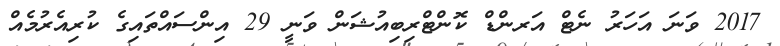
2017 ވަނަ އަހަރު ނެޓް އަރންޑް ކޮންޓްރިބިއުޝަން ވަނީ 29 އިންސައްތައިގެ ކުރިއެރުމެއް